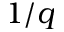
1 / q